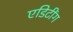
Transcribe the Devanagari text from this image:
एडिटींग